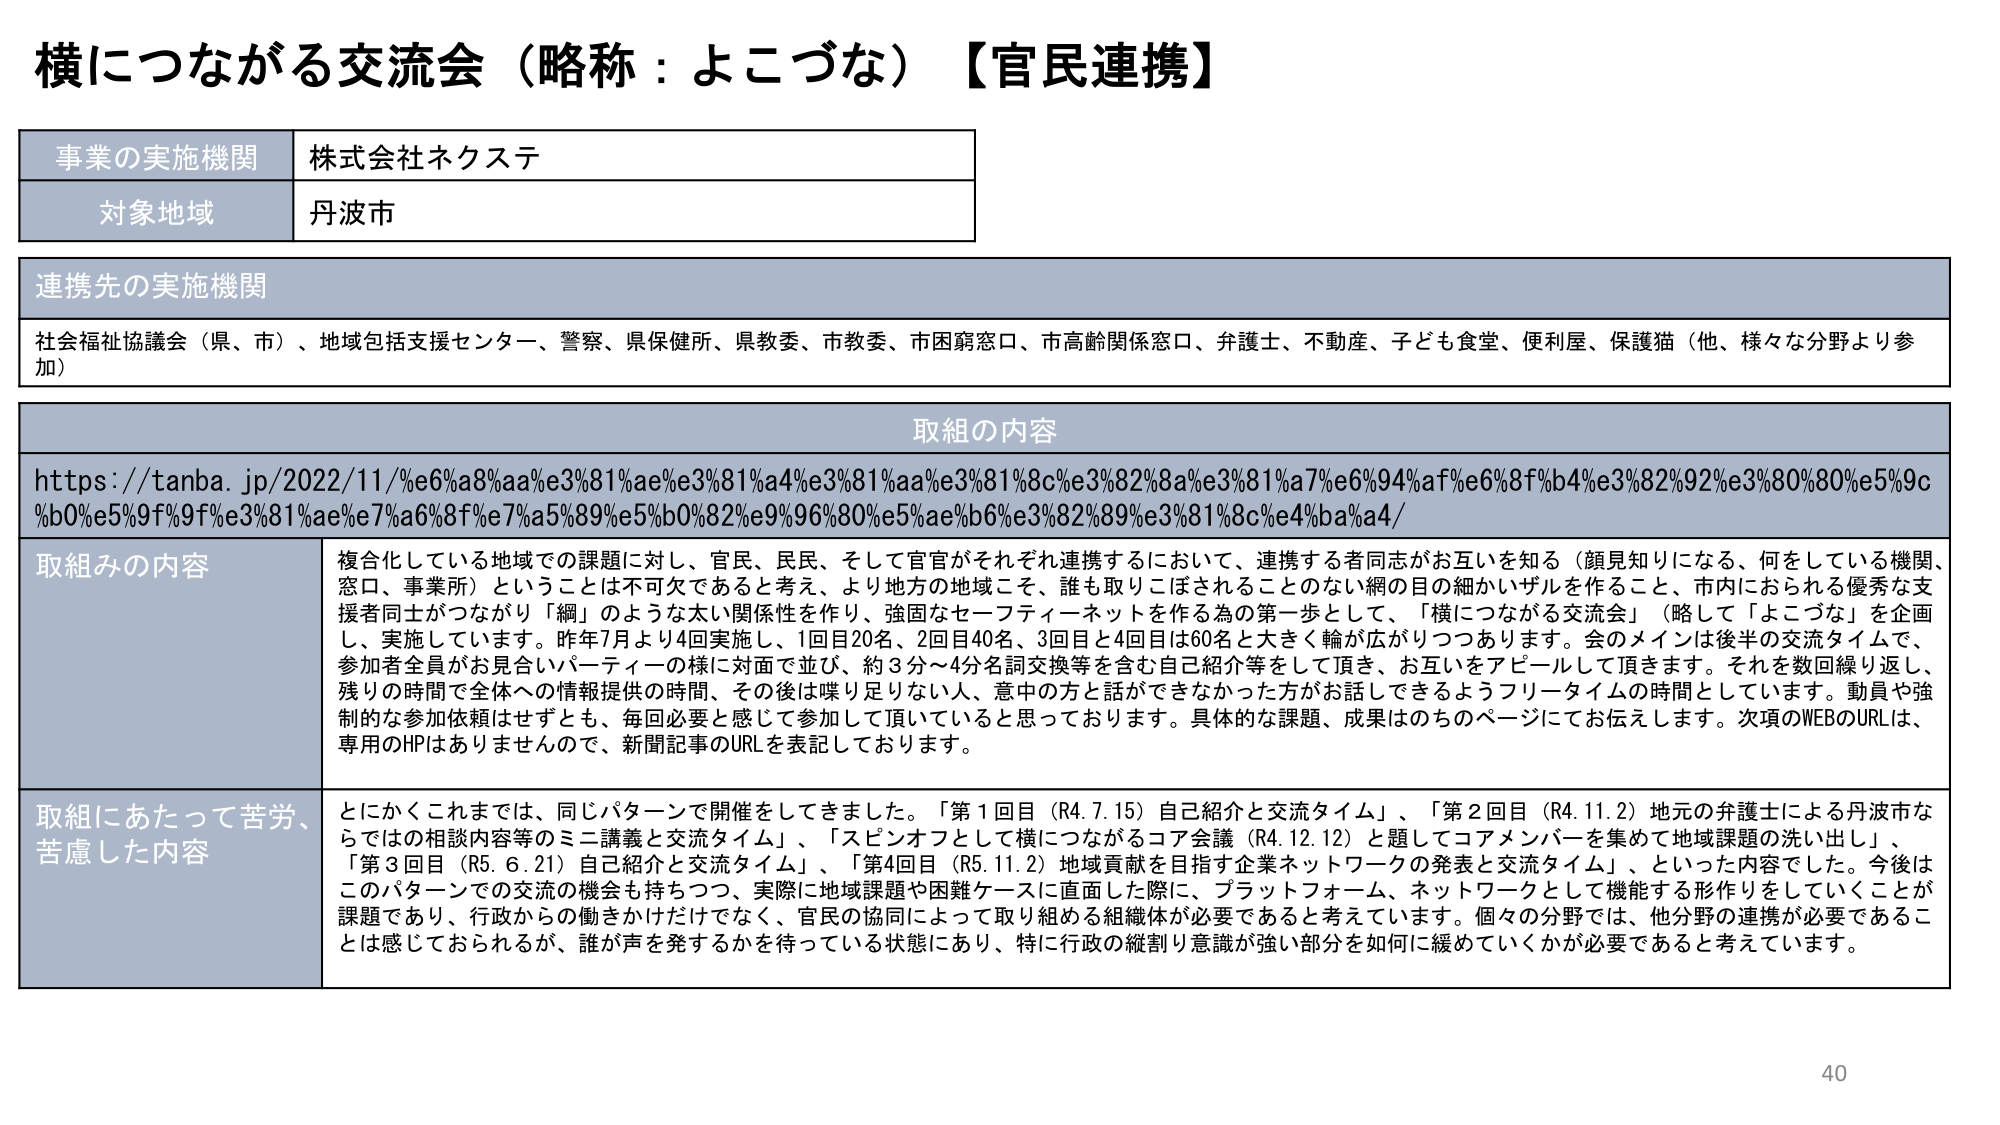
横につながる交流会（略称：よこづな）【官民連携】

事業の実施機関　株式会社ネクステ
対象地域　丹波市

連携先の実施機関
社会福祉協議会（県、市）、地域包括支援センター、警察、県保健所、県教委、市教委、市困窮窓口、市高齢関係窓口、弁護士、不動産、子ども食堂、便利屋、保護猫（他、様々な分野より参加）

取組の内容
https://tanba.jp/2022/11/%e6%a8%aa%e3%81%ae%e3%81%a4%e3%81%aa%e3%81%8c%e3%82%8a%e3%81%a7%e6%94%af%e6%8f%b4%e3%82%92%e3%80%80%e5%9c%b0%e5%9f%9f%e3%81%ae%e7%a6%8f%e7%a5%89%e5%b0%82%e9%96%80%e5%ae%b6%e3%82%89%e3%81%8c%e4%ba%a4/

取組みの内容
複合化している地域での課題に対し、官民、民民、そして官官がそれぞれ連携するにおいて、連携する者同志がお互いを知る（顔見知りになる、何をしている機関、窓口、事業所）ということは不可欠であると考え、より地方の地域こそ、誰も取りこぼされることのない網の目の細かいザルを作ること、市内におられる優秀な支援者同士がつながり「網」のような太い関係性を作り、強固なセーフティーネットを作る為の第一歩として、「横につながる交流会」（略して「よこづな」を企画し、実施しています。昨年7月より4回実施し、1回目20名、2回目40名、3回目と4回目は60名と大きく輪が広がりつつあります。会のメインは後半の交流タイムで、参加者全員がお見合いパーティーの様に対面で並び、約3分～4分名詞交換等を含む自己紹介等をして頂き、お互いをアピールして頂きます。それを数回繰り返し、残りの時間で全体への情報提供の時間、その後は喋り足りない人、意中の方と話ができなかった方がお話しできるようフリータイムの時間としています。動員や強制的な参加依頼はせずとも、毎回必要と感じて参加して頂いていると思っております。具体的な課題、成果はのちのページにてお伝えします。次項のWEBのURLは、専用のHPはありませんので、新聞記事のURLを表記しております。

取組にあたって苦労、苦慮した内容
とにかくこれまでは、同じパターンで開催してきました。「第1回目（R4.7.15）自己紹介と交流タイム」、「第2回目（R4.11.2）地元の弁護士による丹波市ならではの相談内容等のミニ講義と交流タイム」、「スピンオフとして横につながるコア会議（R4.12.12）と題してコアメンバーを集めて地域課題の洗い出し」、「第3回目（R5.6.21）自己紹介と交流タイム」、「第4回目（R5.11.2）地域貢献を目指す企業ネットワークの発表と交流タイム」、といった内容でした。今後はこのパターンでの交流の機会も持ちつつ、実際に地域課題や困難ケースに直面した際に、プラットフォーム、ネットワークとして機能する形作りをしていくことが課題であり、行政からの働きかけだけでなく、官民の協同によって取り組める組織体が必要であると考えています。個々の分野では、他分野の連携が必要であることは感じておられるが、誰が声を発するかを待っている状態にあり、特に行政の縦割り意識が強い部分を如何に緩めていくかが必要であると考えています。

40